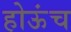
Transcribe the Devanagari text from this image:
होऊंच